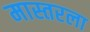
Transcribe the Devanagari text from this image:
मास्तरला